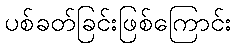
ပစ်ခတ်ခြင်းဖြစ်ကြောင်း